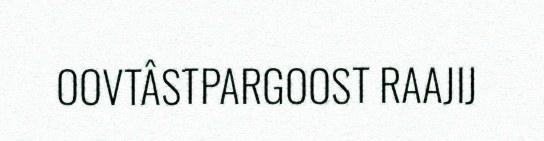
OOVTÂSTPARGOOST RAAJIJ